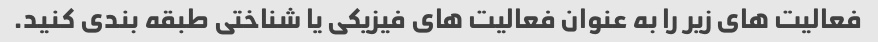
فعالیت های زیر را به عنوان فعالیت های فیزیکی یا شناختی طبقه بندی کنید.